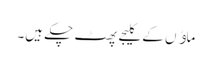
ماﺅں کے کلیجے پھٹ چکے ہیں۔